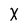
Character: X